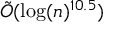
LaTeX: { \tilde { O } } ( \log ( n ) ^ { 1 0 . 5 } )